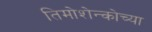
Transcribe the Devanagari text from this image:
तिमोशेन्कोच्या